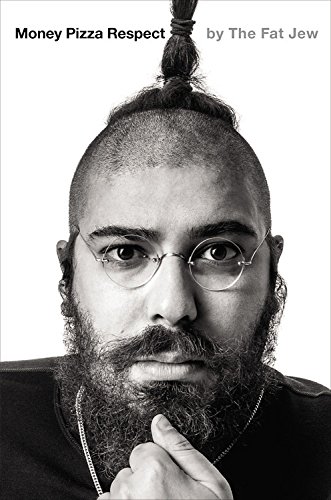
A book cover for Money Pizza Respect; The Fat Jew; Humor & Entertainment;